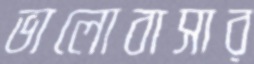
ভালোবাসার